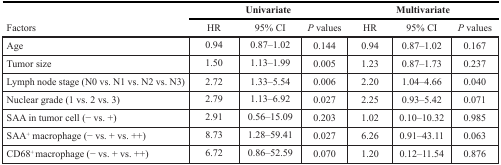
| <ROWSPAN=2> Factors | <COLSPAN=3> Univariate | <COLSPAN=3> Multivariate |
 | HR | 95% CI | P values | HR | 95% CI | P values |
 | --- | --- | --- | --- | --- | --- | --- |
 | Age | 0.94 | 0.87–1.02 | 0.144 | 0.94 | 0.87–1.02 | 0.167 |
 | Tumor size | 1.50 | 1.13–1.99 | 0.005 | 1.23 | 0.87–1.73 | 0.237 |
 | Lymph node stage (N0 vs. N1 vs. N2 vs. N3) | 2.72 | 1.33–5.54 | 0.006 | 2.20 | 1.04–4.66 | 0.040 |
 | Nuclear grade (1 vs. 2 vs. 3) | 2.79 | 1.13–6.92 | 0.027 | 2.25 | 0.93–5.42 | 0.071 |
 | SAA in tumor cell (− vs. +) | 2.91 | 0.56–15.09 | 0.203 | 1.02 | 0.10–10.32 | 0.985 |
 | SAA+ macrophage (− vs. + vs. ++) | 8.73 | 1.28–59.41 | 0.027 | 6.26 | 0.91–43.11 | 0.063 |
 | CD68+ macrophage (− vs. + vs. ++) | 6.72 | 0.86–52.59 | 0.070 | 1.20 | 0.12–11.54 | 0.876 |